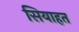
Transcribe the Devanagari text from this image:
सियाहत